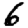
Digit: 6